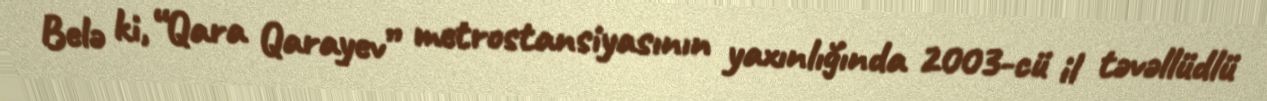
Belə ki, “Qara Qarayev” metrostansiyasının yaxınlığında 2003-cü il təvəllüdlü